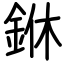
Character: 銝